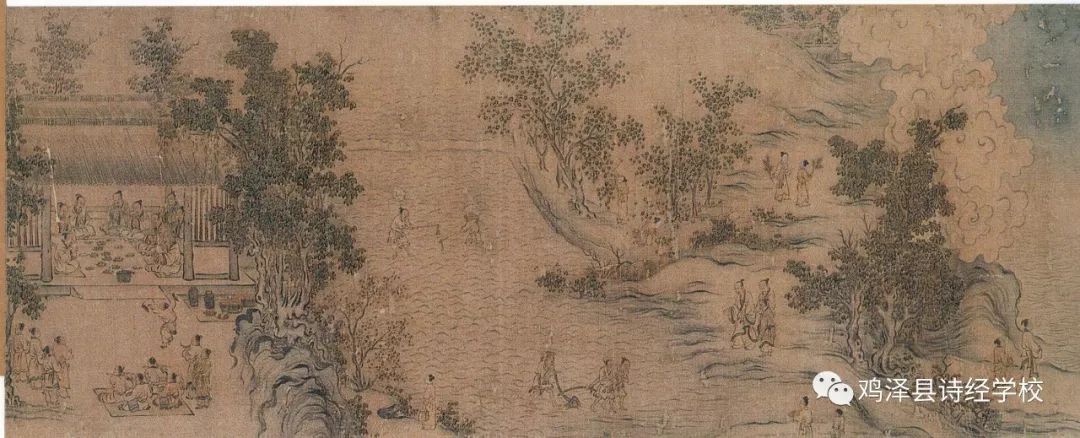
雨雪雰雰，益之以霡霂。